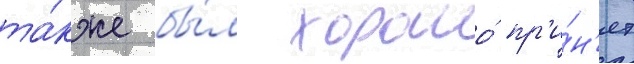
та́кже бы́л хорошо́ пр'и́н'ят